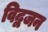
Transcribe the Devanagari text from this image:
विद्वजन